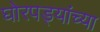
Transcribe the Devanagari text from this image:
घोरपड्यांच्या